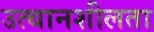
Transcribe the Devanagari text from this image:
उत्थानशीलता